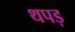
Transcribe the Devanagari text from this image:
थपड़